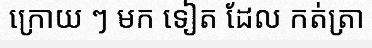
ក្រោយ ៗ មក ទៀត ដែល កត់ត្រា